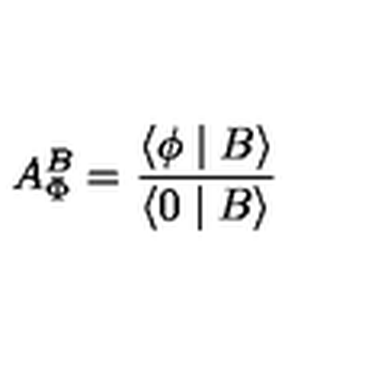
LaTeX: A _ { \Phi } ^ { B } = \frac { \langle \phi \mid B \rangle } { \langle 0 \mid B \rangle }